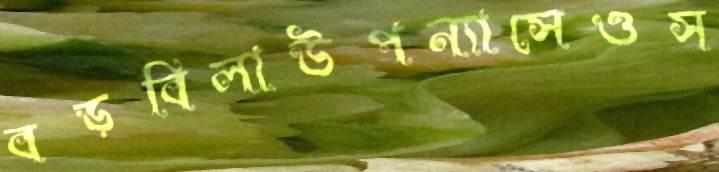
বড়বিলাউপন্যাসেওস